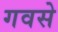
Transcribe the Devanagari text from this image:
गवसे